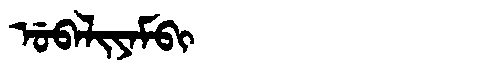
Manchu: ᡠᠪᠠᠯᡳᠶᠠᠮᠪᡳ
Romanization: UBALIYAMBI